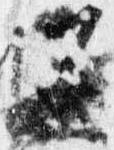
不